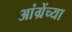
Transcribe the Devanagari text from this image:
आंग्रेंच्या